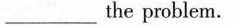
___the problem.